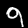
Label: 9